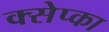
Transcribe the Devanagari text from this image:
क्सेप्का